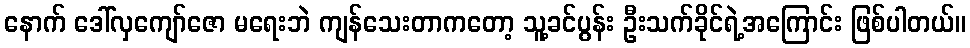
နောက် ဒေါ်လှကျော်ဇော မရေးဘဲ ကျန်သေးတာကတော့ သူ့ခင်ပွန်း ဦးသက်ခိုင်ရဲ့အကြောင်း ဖြစ်ပါတယ်။